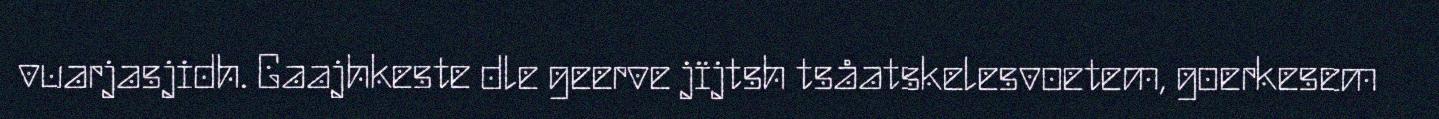
vuarjasjidh. Gaajhkeste dle geerve jïjtsh tsåatskelesvoetem, goerkesem